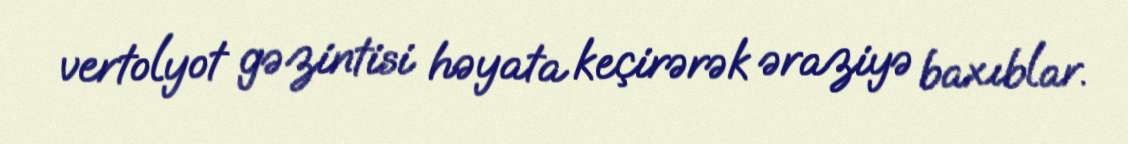
vertolyot gəzintisi həyata keçirərək əraziyə baxıblar.